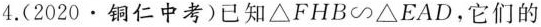
4. (2020 \bullet 铜仁中考)已知△FHB∽△EAD，它们的